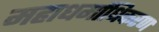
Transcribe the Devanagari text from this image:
महाधर्माधिकरण